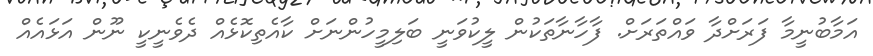
އަމާބުނީމާ ފަރަށްދާ ވައްތަރަށް. ފާހާނާތަކުން ލީކުވަނީ ބަލިމީހުންނަށް ކާއެތިކޮޅެއް ދެވެނީކީ ނޫން އަޅައެއް